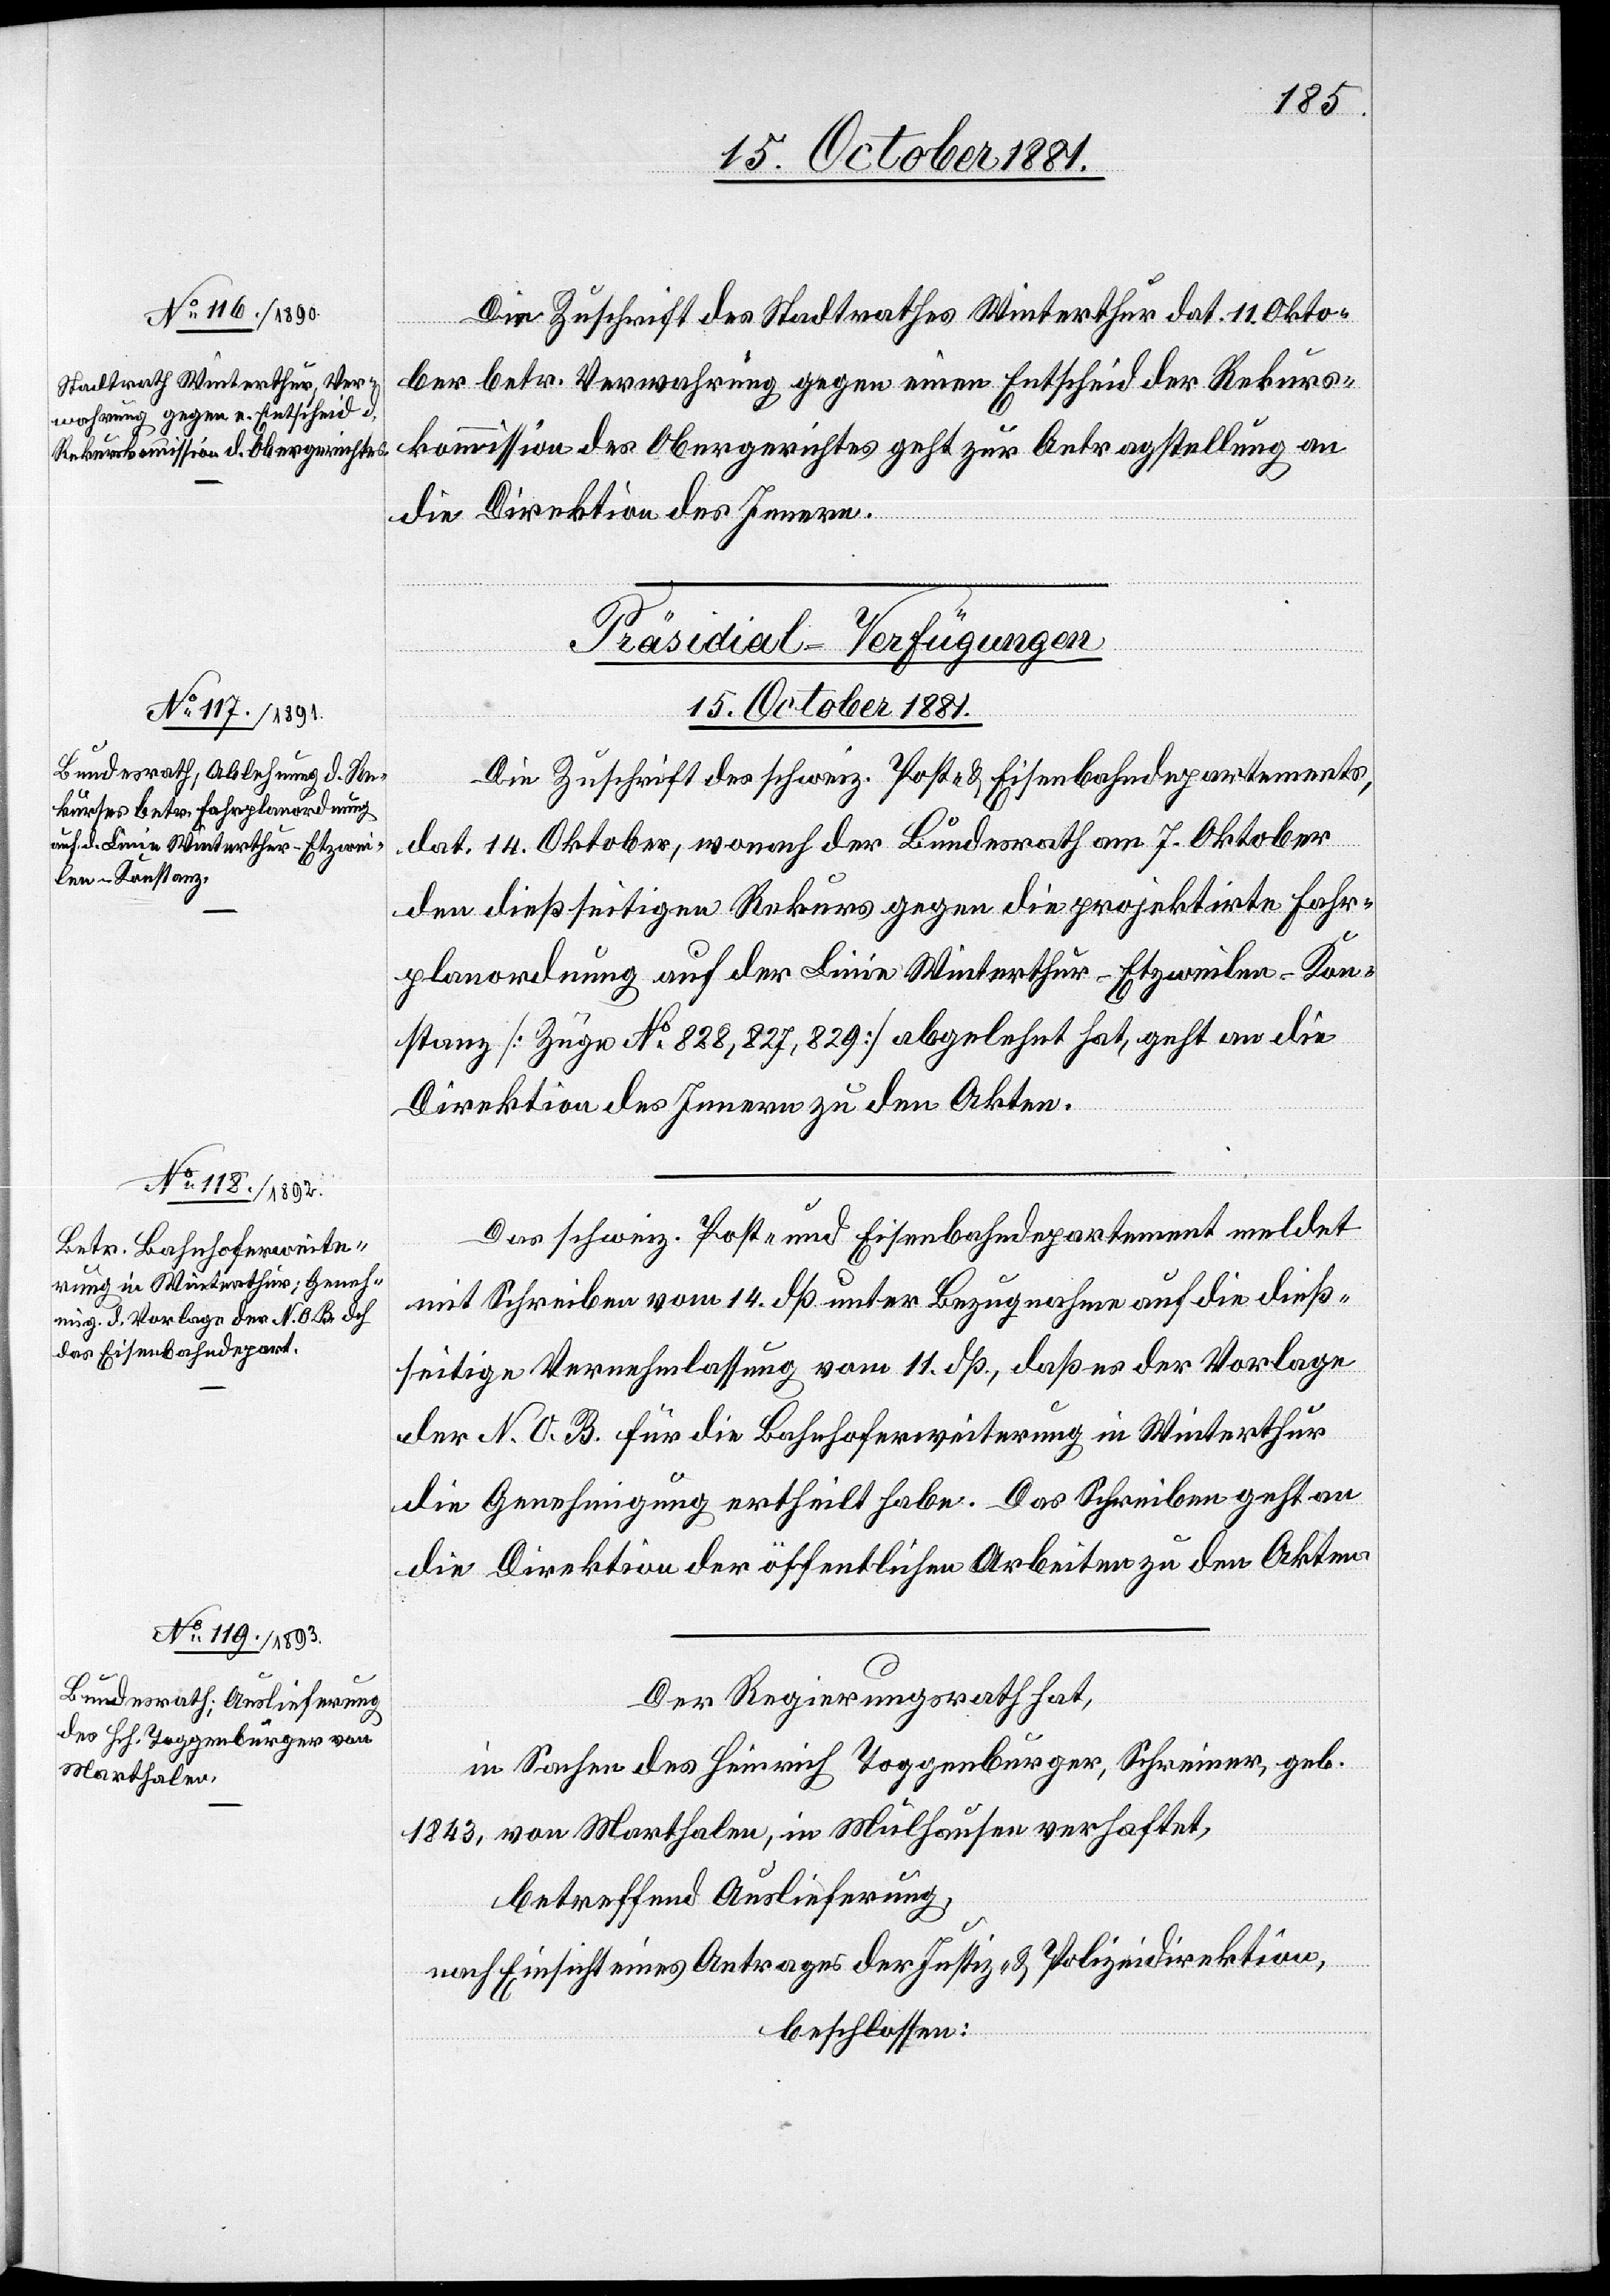
Die Zuschrift des Stadtrathes Winterthur dat. 11. Okto¬
ber betr. Verwahrung gegen einen Entscheid der Rekurs¬
kommission des Obergerichtes geht zur Antragstellung an
die Direktion des Innern.
[Präsidial-Verfügungen
15. October 1881.]
Die Zuschrift des schweiz. Post- & Eisenbahndepartements,
dat. 14. Oktober, wonach der Bundesrath am 7. Oktober
den dießseitigen Rekurs gegen die projektirte Fahr¬
planordnung auf der Linie Winterthur–Etzweilen–Kon¬
stanz [Züge No 828, 827, 829] abgelehnt hat, geht an die
Direktion des Innern zu den Akten.
Das schweiz. Post- & Eisenbahndepartement meldet
mit Schreiben vom 14. dß[.] unter Bezugnahme auf die dieß¬
seitige Vernehmlassung vom 11. dß., daß es der Vorlage
der N. O. B. für die Bahnhoferweiterung in Winterthur
die Genehmigung ertheilt habe. Das Schreiben geht an
die Direktion der öffentlichen Arbeiten zu den Akten.
Der Regierungsrath hat,
in Sachen des Heinrich Toggenburger, Schreiner, geb.
1843, von Marthalen, in Mülhausen verhaftet,
betreffend Auslieferung,
nach Einsicht eines Antrages der Justiz- & Polizeidirektion,
beschlossen: